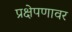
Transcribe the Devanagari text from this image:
प्रक्षेपणावर